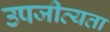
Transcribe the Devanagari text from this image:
उपजीव्यता